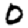
Digit: 0